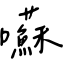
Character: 囌